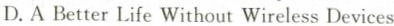
D.A Better Life Without Wireless Devices